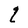
Character: q